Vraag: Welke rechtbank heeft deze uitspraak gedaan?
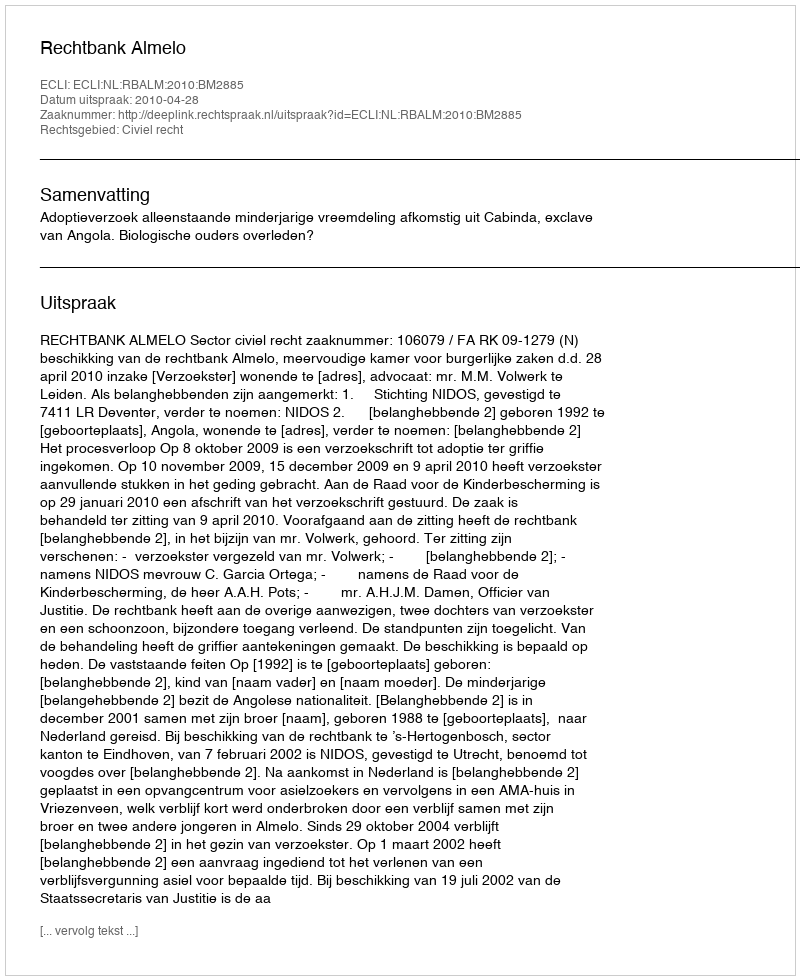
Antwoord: Rechtbank Almelo